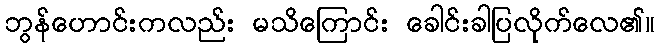
ဘွန်ဟောင်းကလည်း မသိကြောင်း ခေါင်းခါပြလိုက်လေ၏။